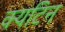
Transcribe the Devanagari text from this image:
क्यटिन